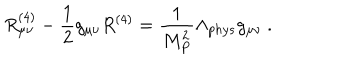
LaTeX: R _ { \mu \nu } ^ { ( 4 ) } - \frac { 1 } { 2 } g _ { \mu \nu } R ^ { ( 4 ) } = \frac { 1 } { M _ { P } ^ { 2 } } \Lambda _ { p h y s } g _ { \mu \nu } ~ .